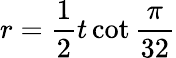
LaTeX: r={\frac{1}{2}}t\cot{\frac{\pi}{32}}